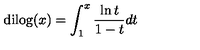
\mathrm { d i l o g } ( x ) = \int _ { 1 } ^ { x } { \frac { \ln { t } } { 1 - t } } d t